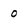
Character: 0